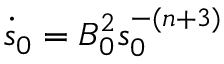
\dot { s } _ { 0 } = B _ { 0 } ^ { 2 } s _ { 0 } ^ { - ( n + 3 ) }